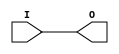
///////////////////////////////////////////////////////////////////////////////
// Copyright (c) 1995/2004 Xilinx, Inc.
// All Right Reserved.
///////////////////////////////////////////////////////////////////////////////
//   ____  ____
//  /   /\/   /
// /___/  \  /    Vendor : Xilinx
// \   \   \/     Version : 10.1
//  \   \         Description : Xilinx Functional Simulation Library Component
//  /   /                  Input Buffer
// /___/   /\     Filename : IBUF.v
// \   \  /  \    Timestamp : Thu Mar 25 16:42:23 PST 2004
//  \___\/\___\
//
// Revision:
//    03/23/04 - Initial version.
//    05/23/07 - Changed timescale to 1 ps / 1 ps.
//    07/16/08 - Added IBUF_LOW_PWR attribute.
//    04/22/09 - CR 519127 - Changed IBUF_LOW_PWR default to TRUE.
//    12/13/11 - Added `celldefine and `endcelldefine (CR 524859).
//    10/22/14 - Added #1 to $finish (CR 808642).
// End Revision

`timescale  1 ps / 1 ps


`celldefine

module IBUF (O, I);

    parameter CAPACITANCE = "DONT_CARE";
    parameter IBUF_DELAY_VALUE = "0";
    parameter IBUF_LOW_PWR = "TRUE";
    parameter IFD_DELAY_VALUE = "AUTO";
    parameter IOSTANDARD = "DEFAULT";

`ifdef XIL_TIMING

    parameter LOC = " UNPLACED";

`endif

    
    output O;
    input  I;

    buf B1 (O, I);
    
    
    initial begin
	
        case (CAPACITANCE)

            "LOW", "NORMAL", "DONT_CARE" : ;
            default : begin
                          $display("Attribute Syntax Error : The attribute CAPACITANCE on IBUF instance %m is set to %s.  Legal values for this attribute are DONT_CARE, LOW or NORMAL.", CAPACITANCE);
                          #1 $finish;
                      end

        endcase


	case (IBUF_DELAY_VALUE)

            "0", "1", "2", "3", "4", "5", "6", "7", "8", "9", "10", "11", "12", "13", "14", "15", "16" : ;
            default : begin
                          $display("Attribute Syntax Error : The attribute IBUF_DELAY_VALUE on IBUF instance %m is set to %s.  Legal values for this attribute are 0, 1, 2, ... or 16.", IBUF_DELAY_VALUE);
                          #1 $finish;
                      end

        endcase

        case (IBUF_LOW_PWR)

            "FALSE", "TRUE" : ;
            default : begin
                          $display("Attribute Syntax Error : The attribute IBUF_LOW_PWR on IBUF instance %m is set to %s.  Legal values for this attribute are TRUE or FALSE.", IBUF_LOW_PWR);
                          #1 $finish;
                      end

        endcase


	case (IFD_DELAY_VALUE)

            "AUTO", "0", "1", "2", "3", "4", "5", "6", "7", "8" : ;
            default : begin
                          $display("Attribute Syntax Error : The attribute IFD_DELAY_VALUE on IBUF instance %m is set to %s.  Legal values for this attribute are AUTO, 0, 1, 2, ... or 8.", IFD_DELAY_VALUE);
                          #1 $finish;
                      end

	endcase
	
    end


`ifdef XIL_TIMING
    
    specify
        (I => O) = (0:0:0, 0:0:0);
        specparam PATHPULSE$ = 0;
    endspecify
    
`endif

    
endmodule

`endcelldefine